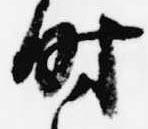
時